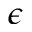
\epsilon